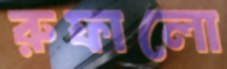
রুফালো